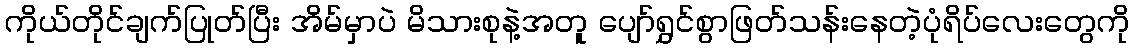
ကိုယ်တိုင်ချက်ပြုတ်ပြီး အိမ်မှာပဲ မိသားစုနဲ့အတူ ပျော်ရွှင်စွာဖြတ်သန်းနေတဲ့ပုံရိပ်လေးတွေကို